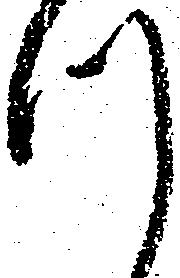
つ